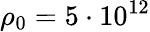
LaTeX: \rho_{0}=5\cdot 10^{12}